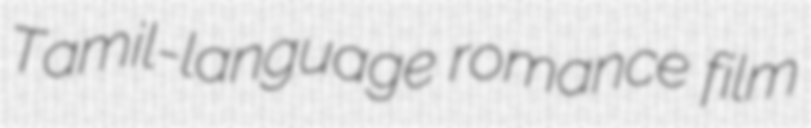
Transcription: Tamil-language romance film